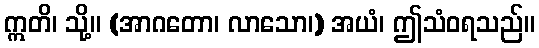
ဣတိ၊ သို့။ (အာဂတော၊ လာသော၊) အယံ၊ ဤသံဝရသည်။